Indian journal of veterinary science and animal husbandry - Volumes 24-25, 1954-1955
Year: 1954
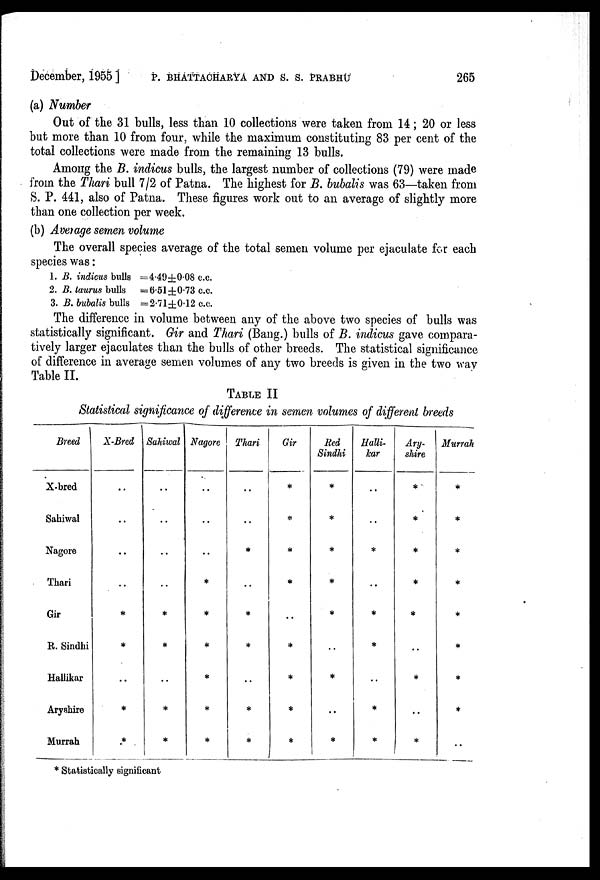
December, 1955]
P.
BHATTACHARYA
AND
S.
S.
PRABHU
265
(a) Number
Out of the 31 bulls, less than 10 collections were taken from 14; 20 or less
but more than 10 from four, while the maximum constituting 83 per cent of the
total collections were made from the remaining 13 bulls.
Among the B. indicus bulls, the largest number of collections (79) were made
from the Thari bull 7/2 of Patna. The highest for B. bubalis was 63—taken from
S. P. 441, also of Patna. These figures work out to an average of slightly more
than one collection per week.
(b) Average semen volume
The overall species average of the total semen volume per ejaculate for each
species was:
1. B. indicus bulls =4.49±0.08 c.c.
2. B. taurus bulls =6.51±0.73 c.c.
3. B. bubalis bulls =2.71±0.12 c.c.
The difference in volume between any of the above two species of bulls was
statistically significant. Gir and Thari (Bang.) bulls of B. indicus gave compara-
tively larger ejaculates than the bulls of other breeds. The statistical significance
of difference in average semen volumes of any two breeds is given in the two way
Table II.
TABLE II
Statistical significance of difference in semen volumes of different breeds
Breed
X-bred
Sahiwal
Nagore
Thari
Gir
R. Sindhi
Hallikar
Aryshire
Murrah
X-Bred
..
..
..
..
*
*
..
*
*
Sahiwal
..
..
..
..
*
*
..
*
*
Nagore
..
..
..
*
*
*
*
*
*
Thari
..
..
*
..
*
*
..
*
*
Gir
*
*
*
*
..
*
*
*
*
Red
Sindhi
*
*
*
*
*
..
*
..
*
Halli-
kar
..
..
*
..
*
*
..
*
*
Ary-
shire
*
*
*
*
*
..
*
..
*
Murrah
*
*
*
*
*
*
*
*
..
* Statistically significant